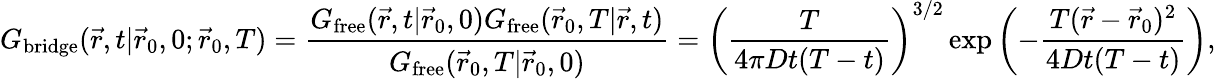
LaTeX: G_{\mathrm{bridge}}(\vec{r},t|\vec{r}_{0},0;\vec{r}_{0},T)=\frac{G_{\mathrm{free}}(\vec{r},t|\vec{r}_{0},0)G_{\mathrm{free}}(\vec{r}_{0},T|\vec{r},t)}{G_{\mathrm{free}}(\vec{r}_{0},T|\vec{r}_{0},0)}=\left(\frac{T}{4\pi Dt(T-t)}\right)^{3/2}\exp\left(-\frac{T(\vec{r}-\vec{r}_{0})^{2}}{4Dt(T-t)}\right),